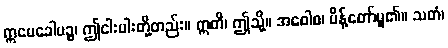
ဣမေခေါပဉ္စ၊ ဤငါးပါးတို့တည်း။ ဣတိ၊ ဤသို့။ အဝေါစ၊ မိန့်တော်မူ၏။ သတံ၊